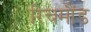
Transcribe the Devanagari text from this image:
रिचमौंड